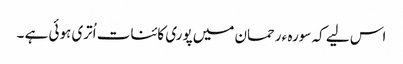
اس لیے کہ سورہ ء رحمان میں پوری کائنات اُتری ہوئی ہے ۔